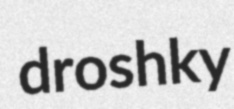
droshky